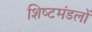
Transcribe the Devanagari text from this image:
शिष्‍टमंडलों